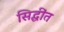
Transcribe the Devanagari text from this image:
सिद्धींत